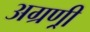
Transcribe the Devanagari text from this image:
अग्रण्री